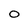
Character: O